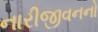
નારીજીવનનો